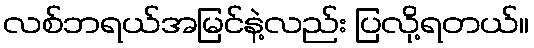
လစ်ဘရယ်အမြင်နဲ့လည်း ပြလို့ရတယ်။